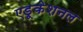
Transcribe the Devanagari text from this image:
एडूकेशनल